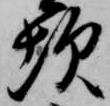
坎